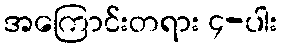
အကြောင်းတရား ၄-ပါး